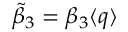
\tilde { \beta } _ { 3 } = \beta _ { 3 } \langle q \rangle